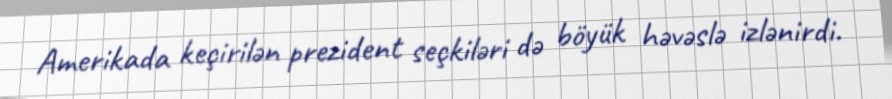
Amerikada keçirilən prezident seçkiləri də böyük həvəslə izlənirdi.